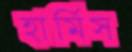
হার্মিস